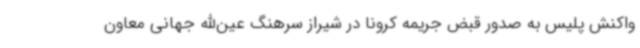
واکنش پلیس به صدور قبض جریمه کرونا در شیراز سرهنگ عین‌الله جهانی معاون